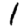
Digit: 1